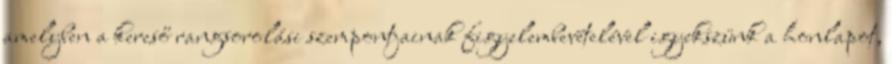
amelyben a kereső rangsorolási szempontjainak figyelembevételével igyekszünk a honlapot,